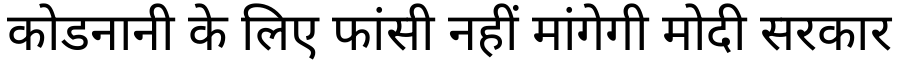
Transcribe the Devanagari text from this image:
कोडनानी के लिए फांसी नहीं मांगेगी मोदी सरकार